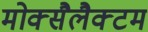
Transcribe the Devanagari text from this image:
मोक्सैलैक्टम